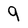
Character: 9